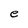
Character: e